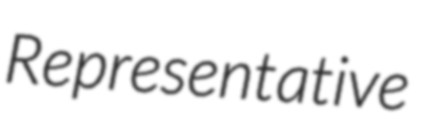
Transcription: Representative